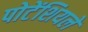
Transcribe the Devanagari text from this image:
पोटेंशियलें